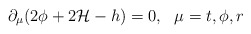
\begin{align*}\partial_\mu (2 \phi +2 {\cal H} - h ) =0, ~~\mu=t,\phi,r\end{align*}